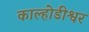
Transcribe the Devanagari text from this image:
काल्होडीश्वर